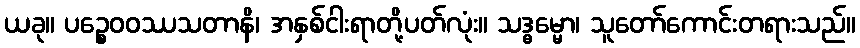
ယခု။ ပဉ္စေဝဝဿသတာနိ၊ အနှစ်ငါးရာတို့ပတ်လုံး။ သဒ္ဓမ္မော၊ သူတော်ကောင်းတရားသည်။